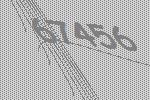
67456